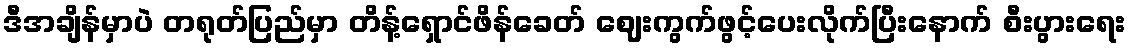
ဒီအချိန်မှာပဲ တရုတ်ပြည်မှာ တိန့်ရှောင်ဖိန်ခေတ် ဈေးကွက်ဖွင့်ပေးလိုက်ပြီးနောက် စီးပွားရေး